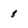
Character: 8